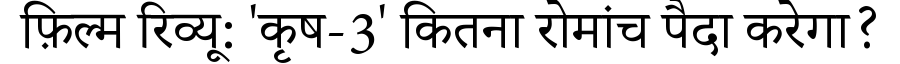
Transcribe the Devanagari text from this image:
फ़िल्म रिव्यू: 'कृष-3' कितना रोमांच पैदा करेगा?